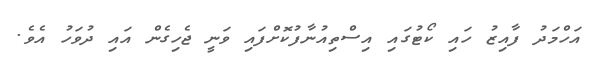
އަހްމަދު ފާއިޒު ހައި ކޯޓުގައި އިސްތިއުނާފުކޮށްފައި ވަނީ ޖެހިގެން އައި ދުވަހު އެވެ.